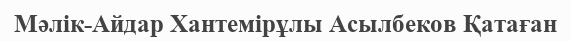
Мәлік-Айдар Хантемірұлы Асылбеков Қатаған